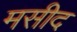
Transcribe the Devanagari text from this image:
मसीद